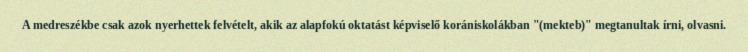
A medreszékbe csak azok nyerhettek felvételt, akik az alapfokú oktatást képviselő korániskolákban "(mekteb)" megtanultak írni, olvasni.